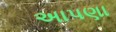
અાપણા